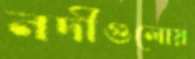
নদীগুলোয়